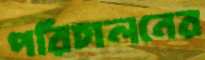
পরিচালনের